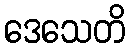
ဒေသေတိ